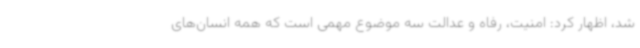
شد، اظهار کرد: امنیت، رفاه و عدالت سه موضوع مهمی است که همه انسان‌های